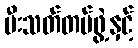
မီးသတ်တပ်ဖွဲ့နှင့်